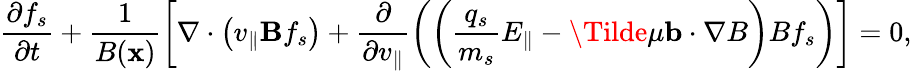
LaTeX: \frac{\partial f_{s}}{\partial t}+\frac{1}{B(\mathbf{x})}\left[\nabla\cdot\left(v_{\parallel}\mathbf{B}f_{s}\right)+\frac{\partial}{\partial v_{\parallel}}\left(\left(\frac{q_{s}}{m_{s}}E_{\parallel}-\Tilde{\mu}\mathbf{b}\cdot\nabla B\right)Bf_{s}\right)\right]=0,